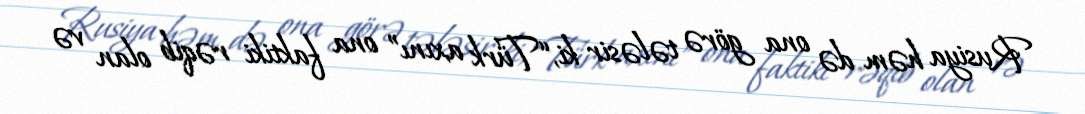
Rusiya həm də ona görə tələsir ki, “Türk axını” ona faktiki rəqib olan və